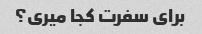
برای سفرت کجا میری؟